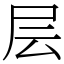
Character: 层